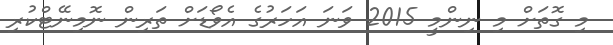
މި ގޮތަށް މި ނިންމީ 2015 ވަނަ އަހަރުގެ އެވޯޑަށް ތަރިން ނޮމިނޭޓްކުރި